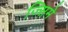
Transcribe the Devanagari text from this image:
ज्सिमे